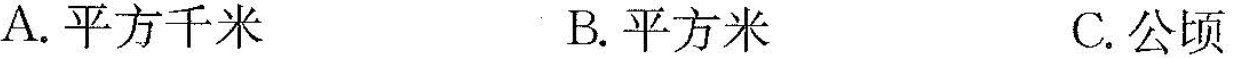
A.平方千米 B.平方米 C.公顷